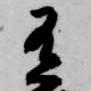
有